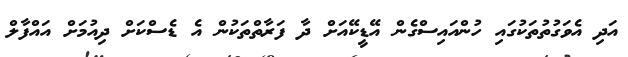
އަދި އެވަގުތުތަކުގައި ހުންއައިސްގެން އޭޑީކޭއަށް ދާ ފަރާތްތަކުން އެ ޑެސްކަށް ދިއުމަށް އައްފާލް